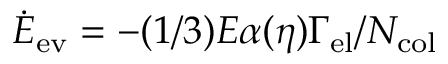
\dot { E } _ { \mathrm { e v } } = - ( 1 / 3 ) E \alpha ( \eta ) \Gamma _ { \mathrm { e l } } / N _ { \mathrm { c o l } }